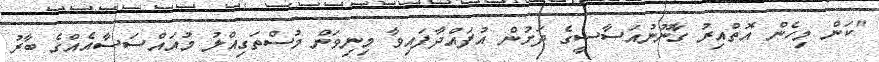
"ކަން މިހެން އޮތްއިރު ގާނޫނުއަސާސީގެ ދަށުން އުފައްދާފައިވާ މިނިވަން މުސްތަގިއްލު މުއައްސަސާއެއްގެ ބާރު